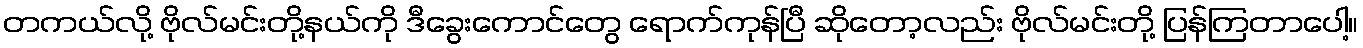
တကယ်လို့ ဗိုလ်မင်းတို့နယ်ကို ဒီခွေးကောင်တွေ ရောက်ကုန်ပြီ ဆိုတော့လည်း ဗိုလ်မင်းတို့ ပြန်ကြတာပေါ့။